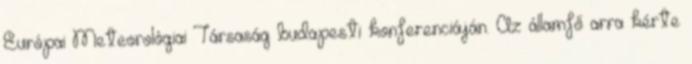
Európai Meteorológiai Társaság budapesti konferenciáján. Az államfő arra kérte